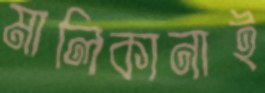
মালিকানাই